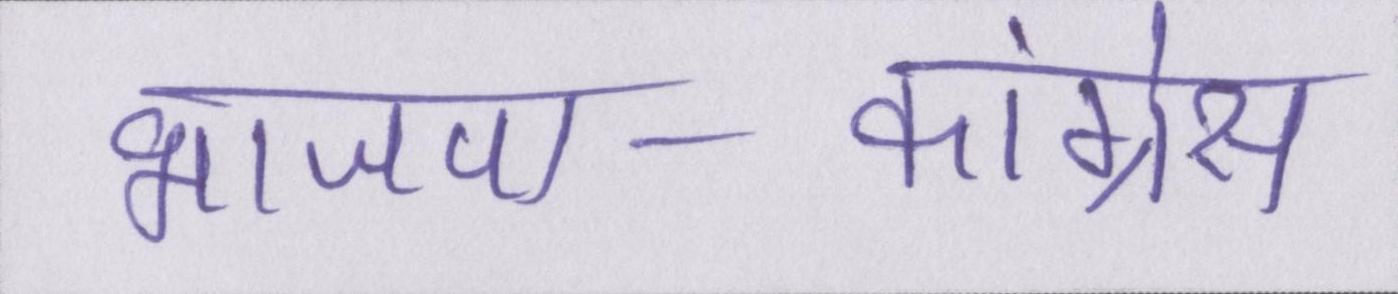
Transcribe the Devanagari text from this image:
भाजपा-कांग्रेस